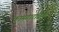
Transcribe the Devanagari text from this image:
कामगारांतर्फे